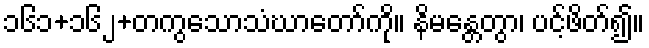
၁၆၁+၁၆၂+တကွသောသံဃာတော်ကို။ နိမန္တေတွာ၊ ပင့်ဖိတ်၍။